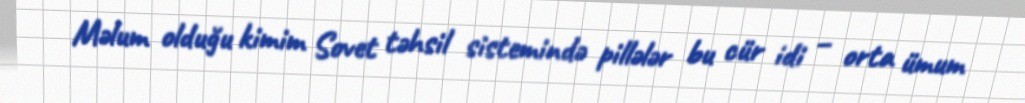
Məlum olduğu kimim Sovet təhsil sistemində pillələr bu cür idi – orta ümum